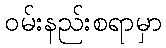
ဝမ်းနည်းစရာမှာ